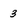
Character: 3